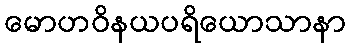
မောဟဝိနယပရိယောသာနာ